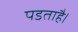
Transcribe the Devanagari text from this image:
पडताहै।